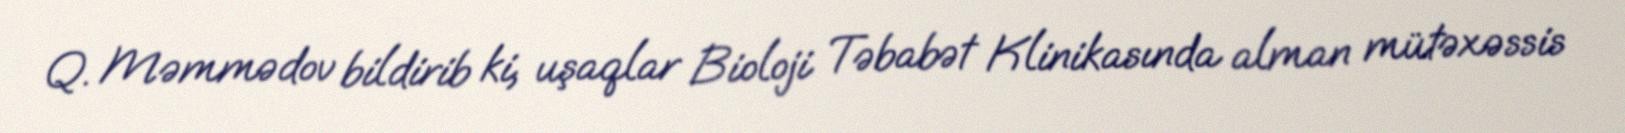
Q. Məmmədov bildirib ki, uşaqlar Bioloji Təbabət Klinikasında alman mütəxəssis